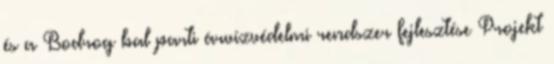
és a Bodrog bal parti árvízvédelmi rendszer fejlesztése Projekt